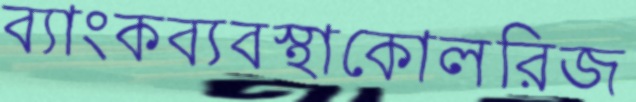
ব্যাংকব্যবস্থাকোলরিজ